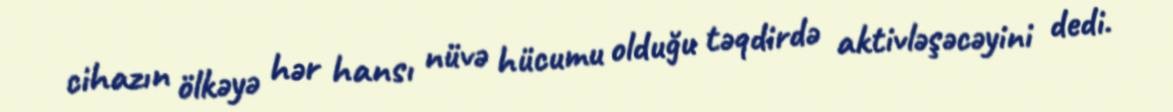
cihazın ölkəyə hər hansı nüvə hücumu olduğu təqdirdə aktivləşəcəyini dedi.